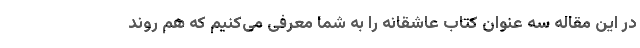
در این مقاله سه عنوان کتاب عاشقانه را به شما معرفی می‌کنیم که هم روند